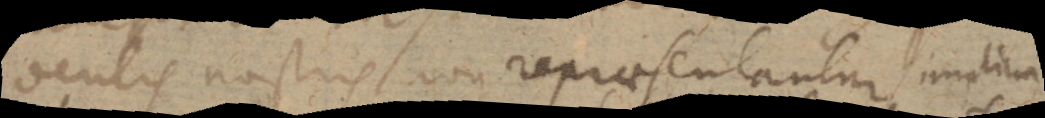
oculis nostris non repraesentantur simplicia